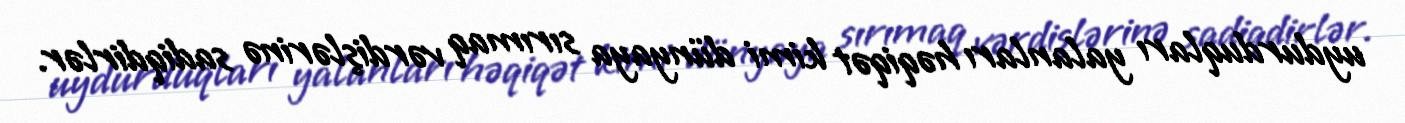
uydurduqları yalanları həqiqət kimi dünyaya sırımaq vərdişlərinə sadiqdirlər.